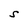
Character: S